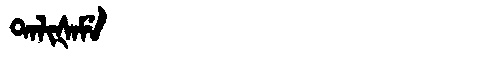
Manchu: ᡨᠠᠯᡳᡧᠠᠮᡝ
Romanization: TALIŠAME